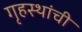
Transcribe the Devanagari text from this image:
गृहस्थांची